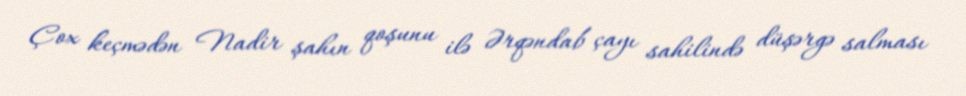
Çox keçmədən Nadir şahın qoşunu ilə Ərqəndab çayı sahilində düşərgə salması